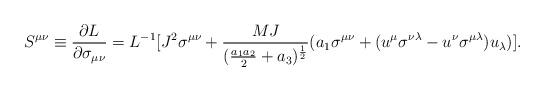
LaTeX: \begin{align*}S^{\mu\nu}\equiv {{\partial L}\over {\partial \sigma _{\mu\nu}}}=L^{-1}[J^2\sigma ^{\mu\nu } +{{MJ}\over {({{a_1a_2}\over2}+a_3})^{1\over 2}}(a_1\sigma ^{\mu\nu }+(u^\mu\sigma^{\nu\lambda}- u^\nu\sigma ^{\mu\lambda})u_\lambda )]. \end{align*}